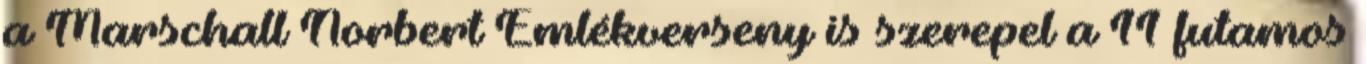
a Marschall Norbert Emlékverseny is szerepel a 11 futamos